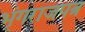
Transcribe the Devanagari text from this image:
भृंगराजपत्र